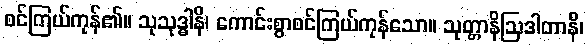
စင်ကြယ်ကုန်၏။ သုသုဒ္ဓါနိ၊ ကောင်းစွာစင်ကြယ်ကုန်သော။ သုတ္တာနိဩဒါတာနိ၊